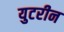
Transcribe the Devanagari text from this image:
युटरीन